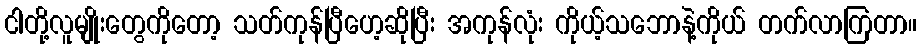
ငါတို့လူမျိုးတွေကိုတော့ သတ်ကုန်ပြီဟေ့ဆိုပြီး အကုန်လုံး ကိုယ့်သဘောနဲ့ကိုယ် တက်လာကြတာ။